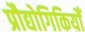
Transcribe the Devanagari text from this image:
प्रौद्योगिकियोँ